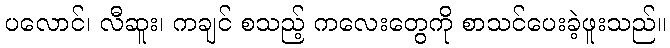
ပလောင်၊ လီဆူး၊ ကချင် စသည့် ကလေးတွေကို စာသင်ပေးခဲ့ဖူးသည်။